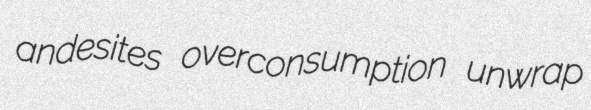
andesites overconsumption unwrap